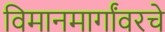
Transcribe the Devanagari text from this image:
विमानमार्गांवरचे